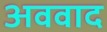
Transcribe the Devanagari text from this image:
अववाद